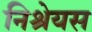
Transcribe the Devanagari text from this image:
निश्रेयस